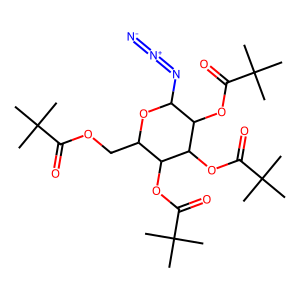
SMILES: CC(C)(C)C(=O)OCC1OC(N=[N+]=[N-])C(OC(=O)C(C)(C)C)C(OC(=O)C(C)(C)C)C1OC(=O)C(C)(C)C
Inhibits HIV replication: No